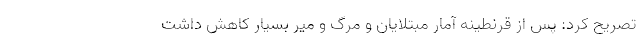
تصریح کرد: پس از قرنطینه آمار مبتلایان و مرگ و میر بسیار کاهش داشت